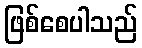
ဖြစ်စေပါသည်